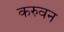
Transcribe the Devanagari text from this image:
करुवन